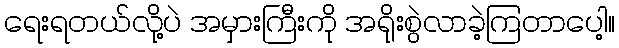
ရေးရတယ်လို့ပဲ အမှားကြီးကို အရိုးစွဲလာခဲ့ကြတာပေါ့။